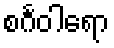
စင်္ဂဝါရော